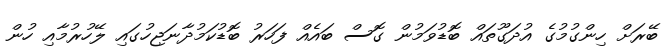
ބޭރަށް ހިންގުމުގެ އުދަގޫތައް ބޮޑުވަމުން ގޮސް ބައެއް ފަހަރު ބޮޑުކަމުދާނަޖިހުގައި ލޭހުރުމާއި ހުން